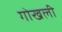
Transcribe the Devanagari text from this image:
गोखली